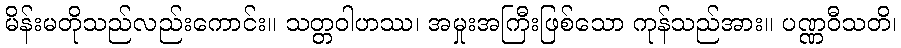
မိန်းမတိုသည်လည်းကောင်း။ သတ္တဝါဟဿ၊ အမှုးအကြီးဖြစ်သော ကုန်သည်အား။ ပဏ္ဏဝီသတိ၊